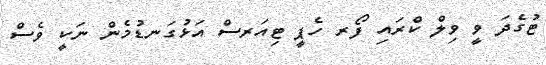
ޓުގެދަ ވީ ވިލް ކްރައި ފޯރ ހެޕީ ޓިއަރސް އަޅުގަނޑުމެން ނަކީ ވެސް